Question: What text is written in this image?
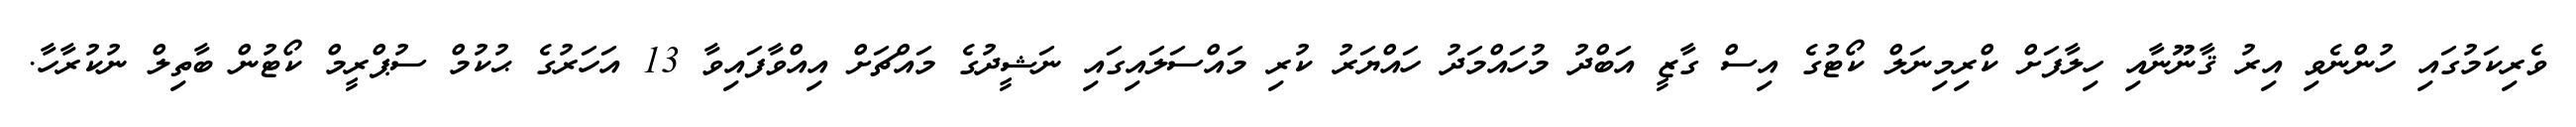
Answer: ވެރިކަމުގައި ހުންނެވި އިރު ޤާނޫނާއި ހިލާފަށް ކްރިމިނަލް ކޯޓުގެ އިސް ގާޒީ އަބްދު މުހައްމަދު ހައްޔަރު ކުރި މައްސަލައިގައި ނަޝީދުގެ މައްޗަށް އިއްވާފައިވާ 13 އަހަރުގެ ޙުކުމް ސުޕްރީމް ކޯޓުން ބާތިލް ނުކުރާހާ.